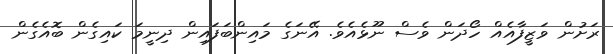
ރަށުން ވަޒީފާއެއް ހޯދަން ވެސް ނޫޅެއެވެ. އޭނަގެ މައިންބަފައިން ދިނީމަ ކައިގެން ބޮއެގެން